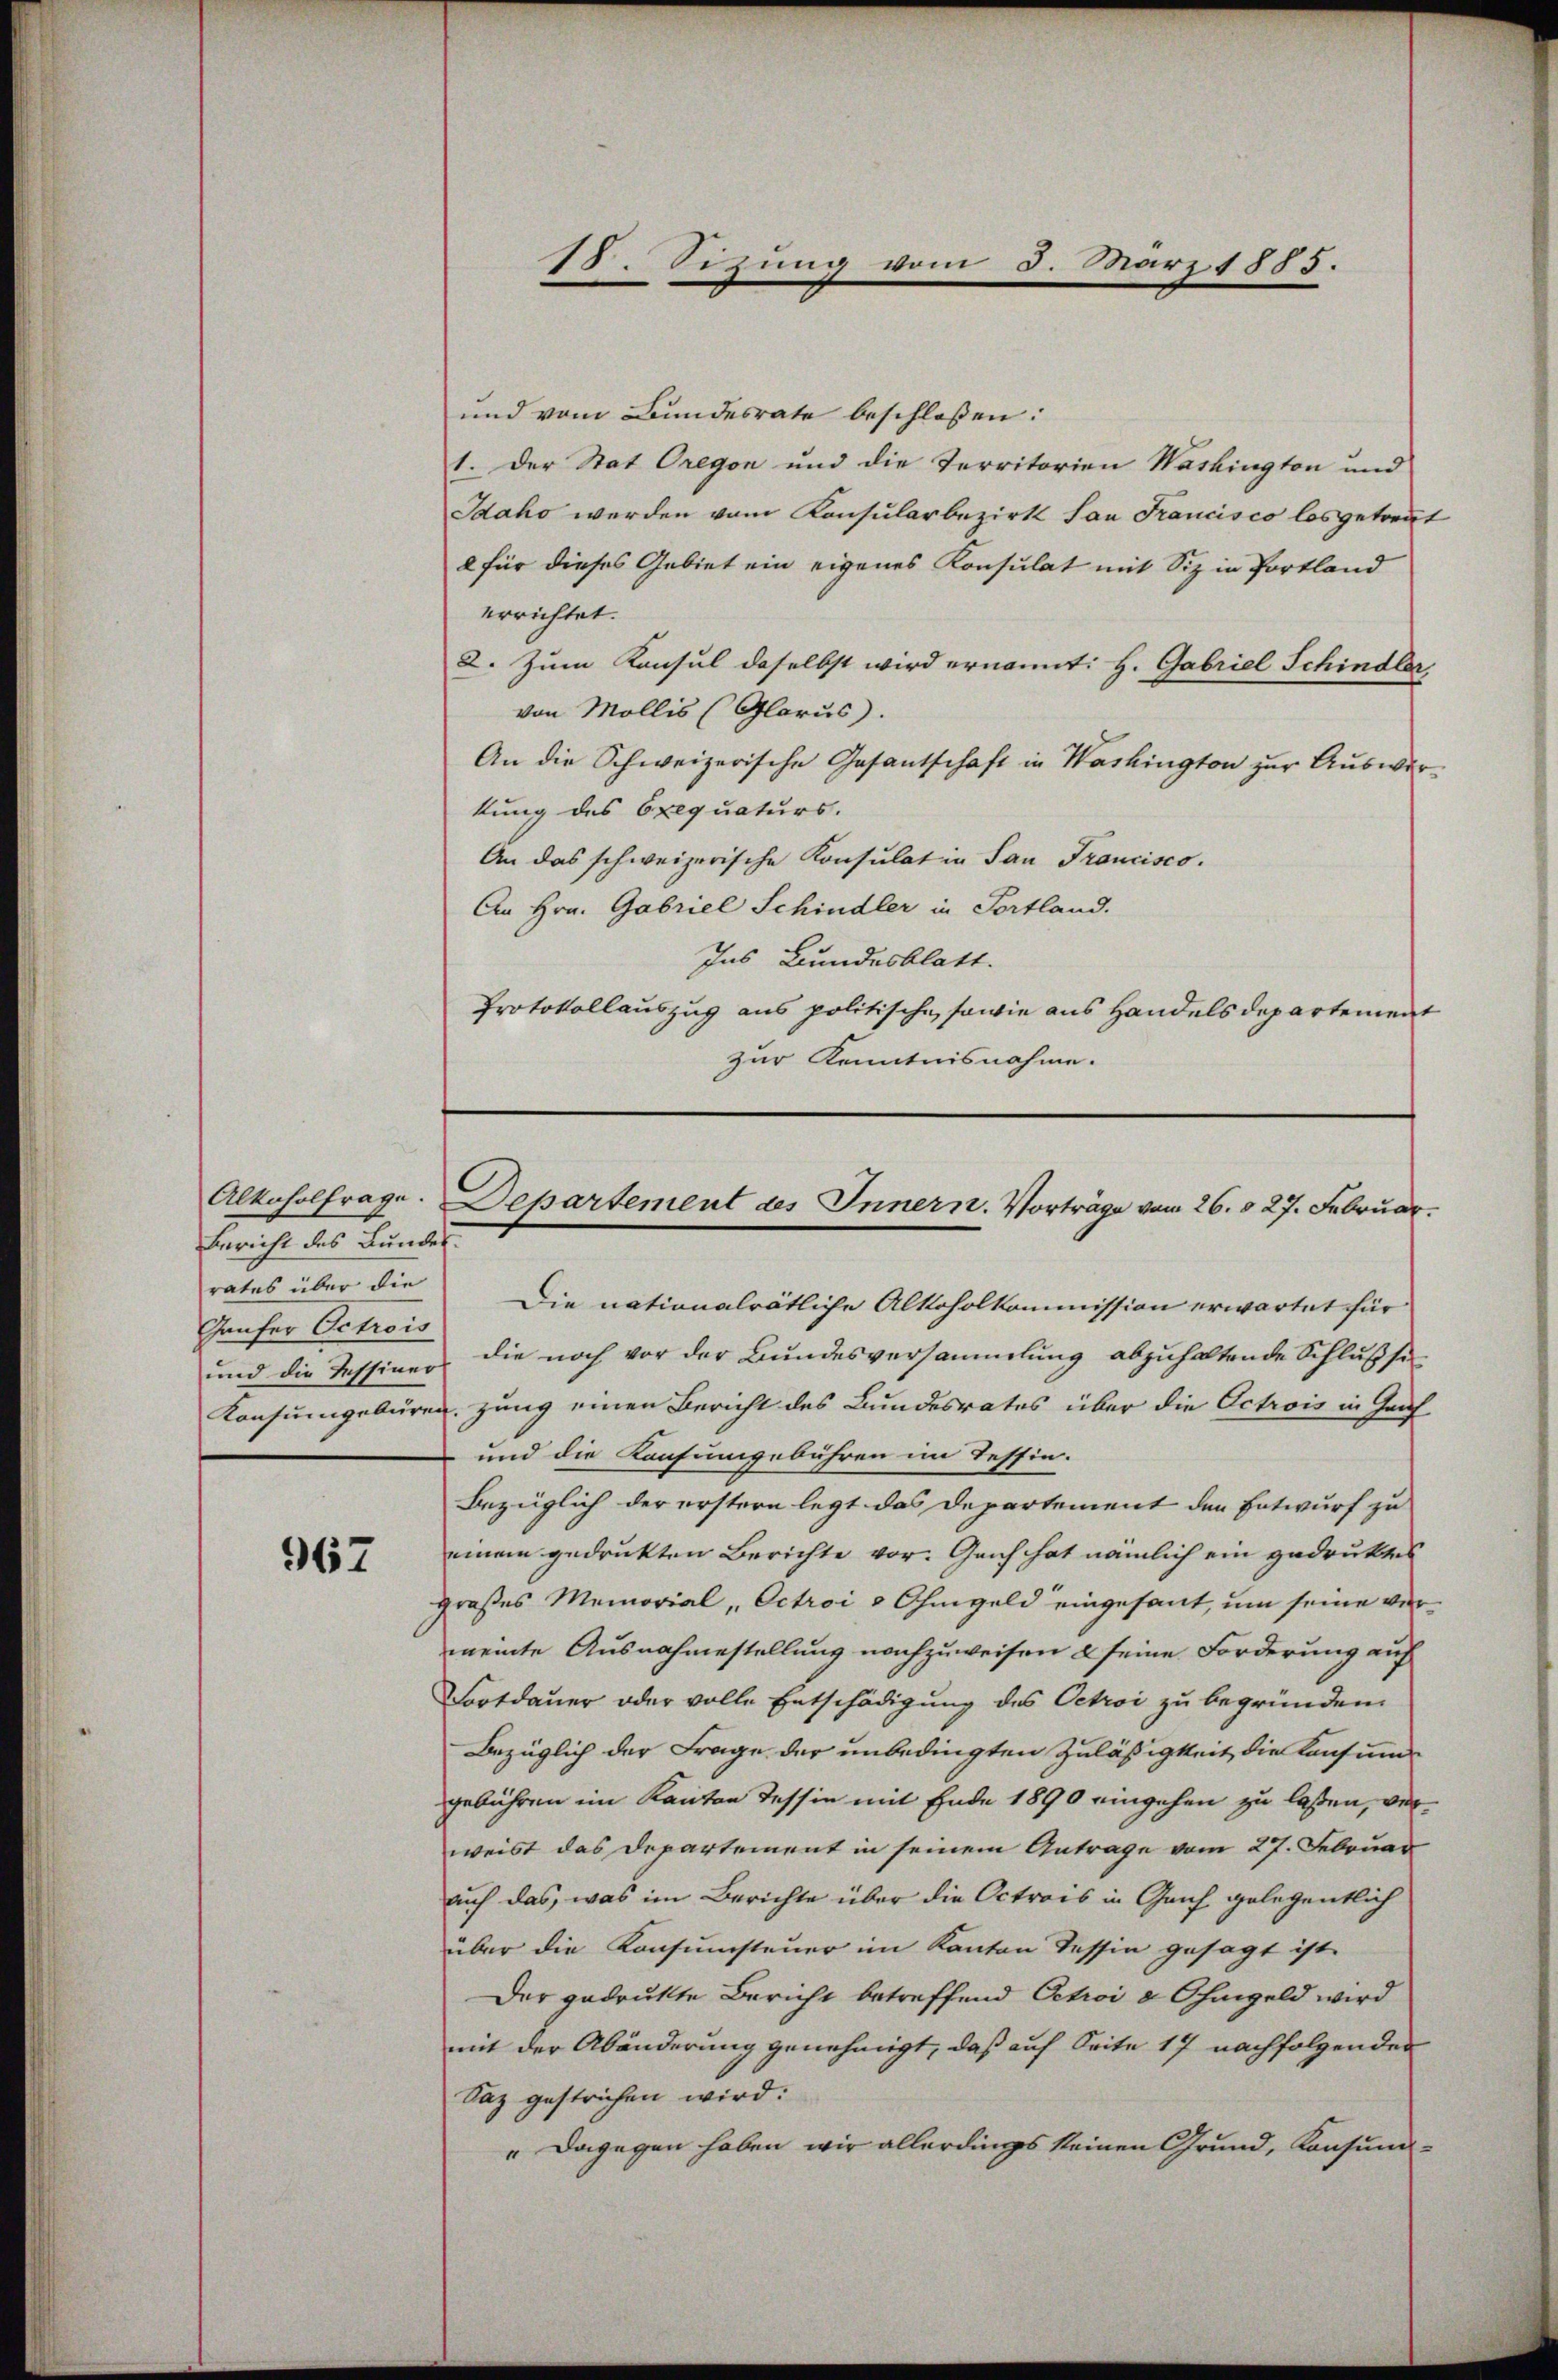
Alkoholfrage.
Bericht des Bundes.
rates über die
Gaufer Octrois
und die Tessiner

967

18. Sizung

und vom Bundesrate beschlossen:
1. Der Stat Oregen und die Territorien Washington und
Idako werden vom Konsularbezirk San Francisco losgetreut
e für dieses Gebiet ein eigenes Konsulat mit Siz in Portland
errichtet.
2. Zum Konsul daselbst wird ernannt: H. Gabriel Schindler
von Mollis (Glarus.
An die Schweizerische Gesantschaft in Washington zur Auswurkung des Exequaturs.
An das schweizerische Konsulat in San Francisco.
An Hrn. Gabriel Schindler in Portland.
Ins Bundesblatt.
Protokollauszug aus politische, sowie aus Handelsdepartement
zur Kenntnisnahme.

von

3. März 1883.

Departement des Innern. Vorträge vom 26. d. 27. Februar.

Die nationalrätliche Alkoholkommission erwartet für
die noch vor der Bundesversammlung abzuhaltende Schlußsei
Konsumgebären, zung einen Bericht des Bundesrates über die Octrois in Graf
und die Konsumgebühren im Tessin.
Bezüglich der erstern legt das Departement den Entwurf zu
einem gedrukten Berichte vor. Genf hat nämlich ein gedrukens
großes Memorial, Octroi & Ohmgeld eingesant, um seine vermeinte Ausnahmestellung nachzuweisen & seine Forderung auf
Fortdauer oder volle Entschädigung des Octoi zu begründen.
Bezüglich der Frage der unbedingten Zuläßigkeit die Konsums
gebühren im Kanton Tessin mit Ende 1890 eingehen zu laßen, verweist das Departement in seinem Antrage vom 27. Februar
auch das, was im Berichte über die Octrois in Genf gelegentlich
über die Konsumsteuer im Kanton Tessin gesagt ist
Der gedrukte Bericht betreffend Oetroi à Ohmgeld wird
mit der Abänderung genehmigt, daß auf Seite 17 nachfolgenden
Saz gestrichen wird:
" Dagegen haben wir allerdings keinen Grund, Konsund-